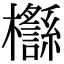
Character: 𣠡